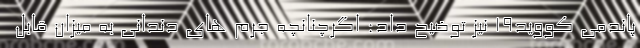
پاندمی کووید۱۹ نیز توضیح داد: اگرچنانچه جرم های دندانی به میزان قابل